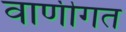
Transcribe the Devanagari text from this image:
वाणीगत